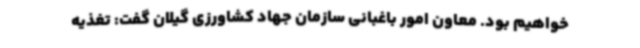
خواهیم بود. معاون امور باغبانی سازمان جهاد کشاورزی گیلان گفت: تغذیه